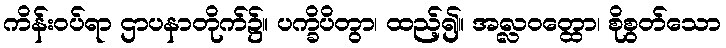
ကိန်းဝပ်ရာ ဌာပနာတိုက်၌။ ပက္ခိပိတွာ၊ ထည့်၍။ အလ္လဝတ္ထော၊ စိုစွတ်သော